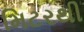
મિટરથી